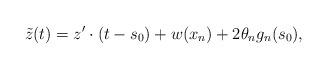
LaTeX: \begin{align*}\tilde{z}(t) = z'\cdot (t-s_0) + w(x_n) + 2 \theta_n g_n(s_0),\end{align*}